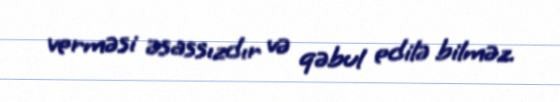
verməsi əsassızdır və qəbul edilə bilməz.